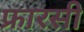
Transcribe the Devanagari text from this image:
फ्रारसी